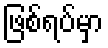
ဖြစ်ရပ်မှာ